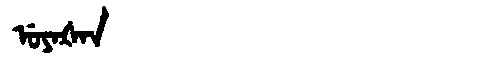
Manchu: ᡠᠶᠠᡧᠠᠨ
Romanization: UYAŠAN